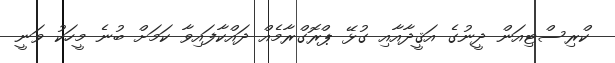
ކްރިސްޓިއަން ދީނުގެ އަޤީދާއާއި ގުޅޭ ޕްރޮގްރާމެއް ދައްކާފައިވާ ކަމަށް ބުނެ މީހަކު ވަނީ